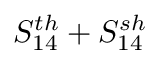
S _ { 1 4 } ^ { t h } + S _ { 1 4 } ^ { s h }